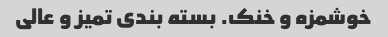
خوشمزه و خنک. بسته بندی تمیز و عالی